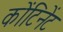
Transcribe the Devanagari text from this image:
कोंटिनेंट